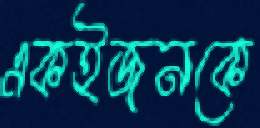
একইজনকে